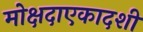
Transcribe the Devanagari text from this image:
मोक्षदाएकादशी